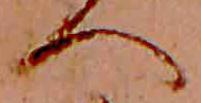
へ